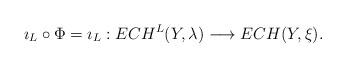
LaTeX: \begin{align*}\imath_L\circ\Phi=\imath_L:ECH^L(Y,\lambda) \longrightarrow ECH(Y,\xi).\end{align*}